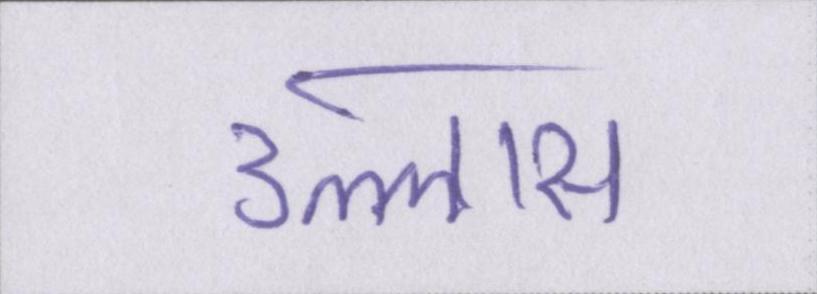
उल्लास